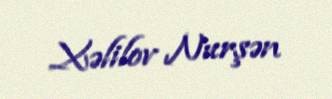
Xəlilov Nurşən